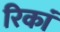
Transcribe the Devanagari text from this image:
रिकां